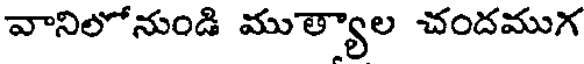
వానిలోనుండి ముత్యాల చందముగ